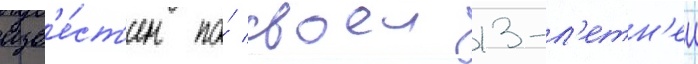
изв'е́ст'ен по́ своеи 13-л'етн'еи